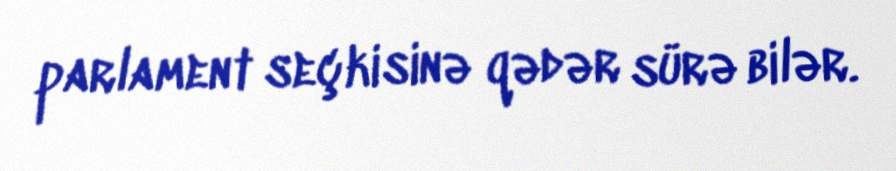
parlament seçkisinə qədər sürə bilər.